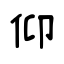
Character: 仰